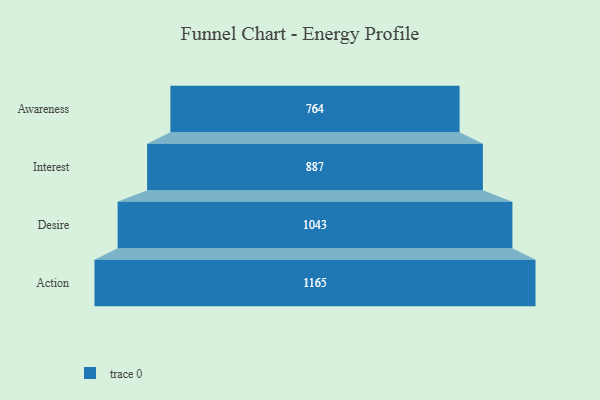
{"axis": {"x": "Stage", "y": "Value"}, "legend": [""], "data": [{"x": "Awareness", "y": 764.0, "type": ""}, {"x": "Interest", "y": 887.0, "type": ""}, {"x": "Desire", "y": 1043.0, "type": ""}, {"x": "Action", "y": 1165.0, "type": ""}]}